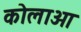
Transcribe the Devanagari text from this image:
कोलाओ